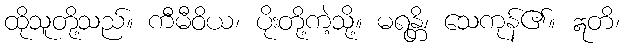
ထိုသူတို့သည်။ ကီမီဝိယ၊ ပိုးတို့ကဲ့သို့။ မရန္တိ၊ သေကုန်၏။ ဣတိ၊